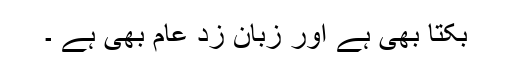
بکتا بھی ہے اور زبان زد عام بھی ہے ۔